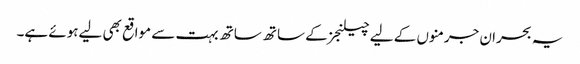
یہ بحران جرمنوں کے لیے چیلنجز کے ساتھ ساتھ بہت سے مواقع بھی لیےہوئے ہے۔